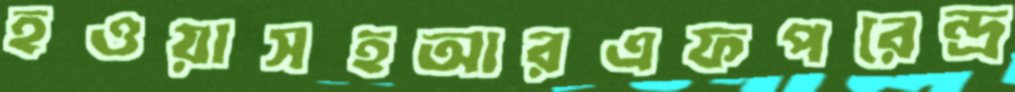
হওয়াসহআরএফপরেন্দ্র